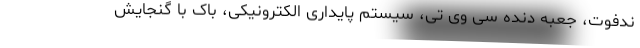
ندفوت، جعبه دنده سی وی تی، سیستم پایداری الکترونیکی، باک با گنجایش